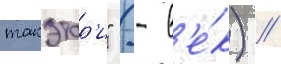
такэтор'и" (- в'е́к) //